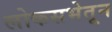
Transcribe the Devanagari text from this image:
लोकसभेतून